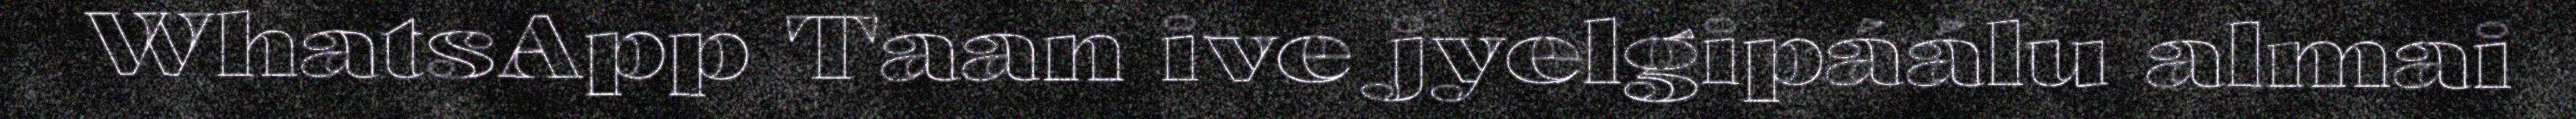
WhatsApp Taan ive jyelgipáálu almai